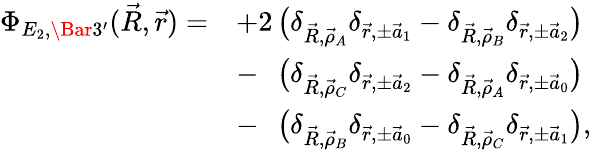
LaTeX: \begin{array}{rl}{\Phi_{E_{2},\Bar 3^{\prime}}(\vec{R},\vec{r})=}&{+2\, \big(\delta_{\vec{R},\vec{\rho}_{A}}\delta_{\vec{r},\pm\vec{a}_{1}}-\delta_{\vec{R},\vec{\rho}_{B}}\delta_{\vec{r},\pm\vec{a}_{2}}\big)}\\ &{-\phantom{2}\, \big(\delta_{\vec{R},\vec{\rho}_{C}}\delta_{\vec{r},\pm\vec{a}_{2}}-\delta_{\vec{R},\vec{\rho}_{A}}\delta_{\vec{r},\pm\vec{a}_{0}}\big)}\\ &{-\phantom{2}\, \big(\delta_{\vec{R},\vec{\rho}_{B}}\delta_{\vec{r},\pm\vec{a}_{0}}-\delta_{\vec{R},\vec{\rho}_{C}}\delta_{\vec{r},\pm\vec{a}_{1}}\big),}\end{array}